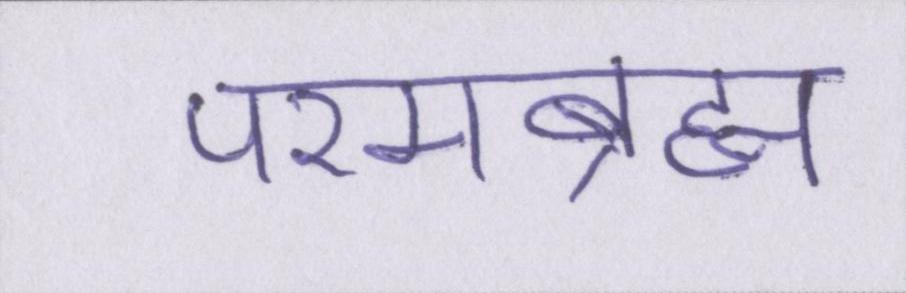
परमब्रह्म